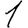
Digit: 1